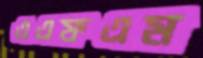
এএফএম